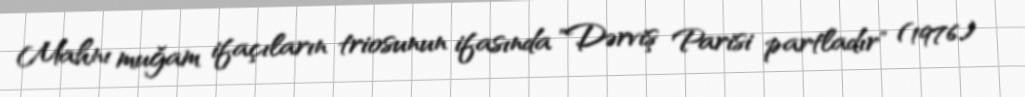
Mahnı muğam ifaçıların triosunun ifasında "Dərviş Parisi partladır" (1976)